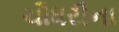
ચૌધરીના